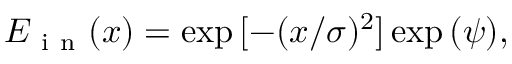
E _ { \mathrm { ~ i ~ n ~ } } ( x ) = \exp { [ - ( x / \sigma ) ^ { 2 } ] } \exp { ( \psi ) } ,